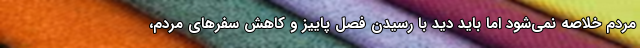
مردم خلاصه نمی‌شود اما باید دید با رسیدن فصل پاییز و کاهش سفرهای مردم،